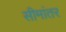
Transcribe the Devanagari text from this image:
सीमांतर